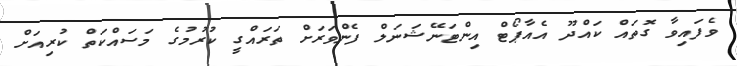
ވެފައިވާ ގޮތައް ކައްދޫ އެއާޕޯޓް އިންޓަނޭޝަނަލް ފެންވަރަށް ތަރައްގީ ކުރުމުގެ މަސައްކަތް ކުރިއަށް